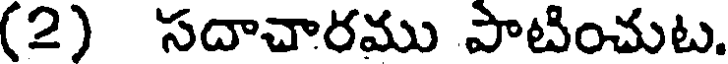
(2) సదాచారము పాటించుట.